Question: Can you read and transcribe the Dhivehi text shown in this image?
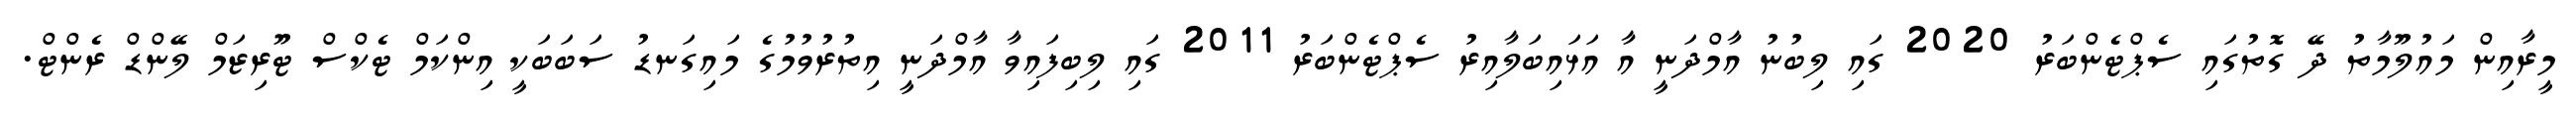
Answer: މީރާއިން މައުލޫމާތު ދޭ ގޮތުގައި ސެޕްޓެންބަރު 2020 ގައި ލިބުނު އާމްދަނީ އާ އަޅައިބަލާއިރު ސެޕްޓެންބަރު 2011 ގައި ލިބިފައިވާ އާމްދަނީ އިތުރުވުމުގެ މައިގަނޑު ސަބަބަކީ އިންކަމް ޓެކްސް ޓޫރިޒަމް ލޭންޑް ރެންޓް.